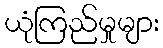
ယုံကြည်မှုများ